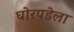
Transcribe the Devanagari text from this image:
घोरपडेला